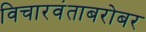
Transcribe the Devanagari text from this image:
विचारवंताबरोबर